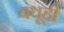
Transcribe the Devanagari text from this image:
बंधूही